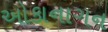
ઓકાનાગન